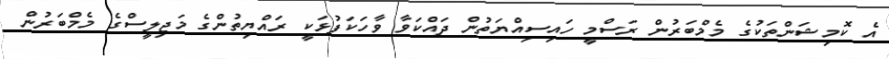
އެ ކޮމިޝަންތަކުގެ މެމްބަރުން ރަސްމީ ހައިސިއްޔަތުން ދައްކަވާ ވާހަކަފުޅަކީ ރައްޔިތުންގެ މަޖިލީސްގެ މެމްބަރުން